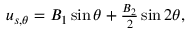
\begin{array} { r } { u _ { s , \theta } = B _ { 1 } \sin \theta + \frac { B _ { 2 } } { 2 } \sin 2 \theta , } \end{array}